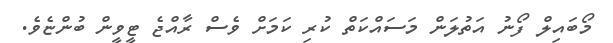
މޯބައިލް ފޯނު އަތުލަން މަސައްކަތް ކުރި ކަމަށް ވެސް ރާއްޖެ ޓީވީން ބުންޏެވެ.